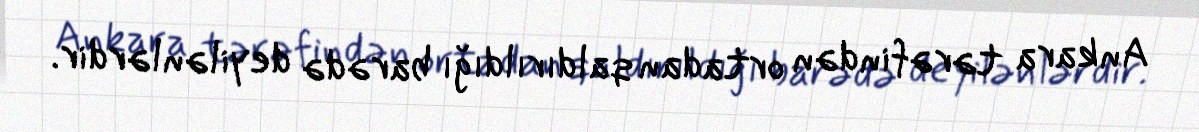
Ankara tərəfindən ortadan qaldırıldığı barədə deyilənlərdir.